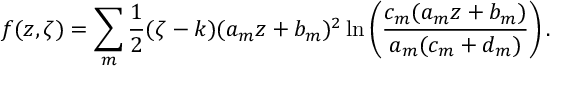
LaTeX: f ( z , \zeta ) = \sum _ { m } \frac { 1 } { 2 } ( \zeta - k ) ( a _ { m } z + b _ { m } ) ^ { 2 } \ln \left( \frac { c _ { m } ( a _ { m } z + b _ { m } ) } { a _ { m } ( c _ { m } + d _ { m } ) } \right) .